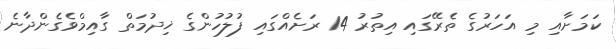
ކަމަށާއި މި އަހަރުގެ ތެރޭގައި އިތުރު 14 ރަށެއްގައި ފުލުހުންގެ ޚިދުމަތް ގާއިމްވެގެންދާނެ